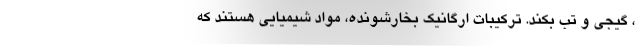
، گیجی و تب بکند. ترکیبات ارگانیک بخارشونده، مواد شیمیایی هستند که